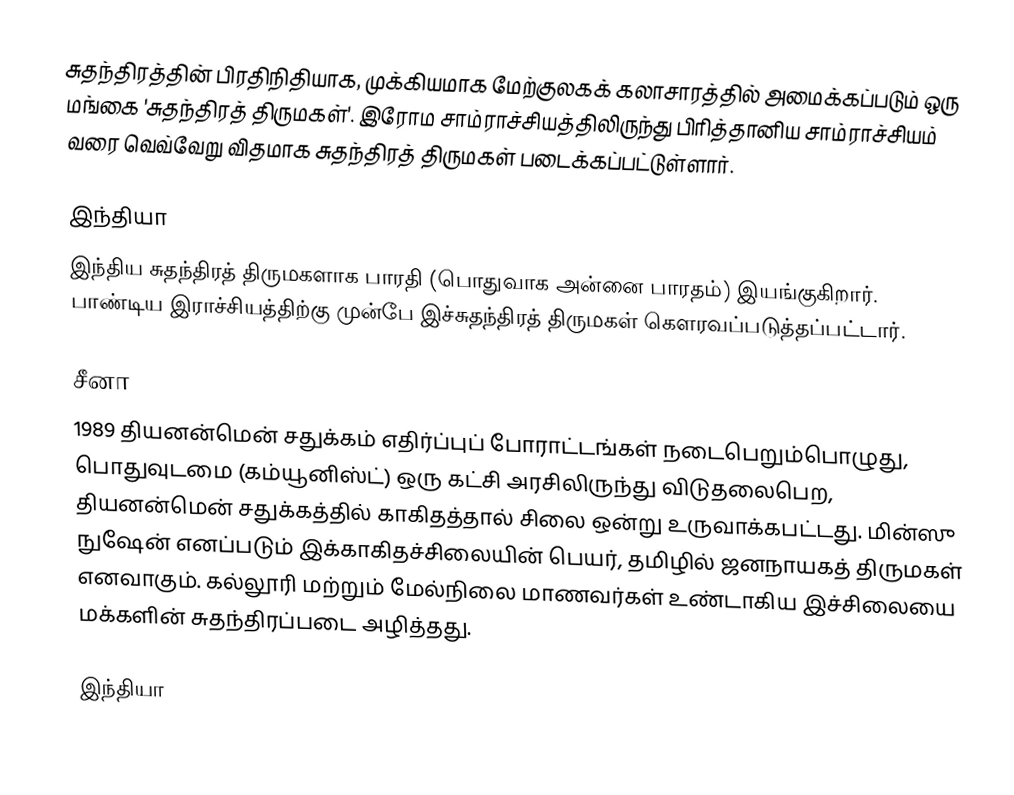
சுதந்திரத்தின் பிரதிநிதியாக, முக்கியமாக மேற்குலகக் கலாசாரத்தில் அமைக்கப்படும் ஒரு மங்கை 'சுதந்திரத் திருமகள்'. இரோம சாம்ராச்சியத்திலிருந்து பிரித்தானிய சாம்ராச்சியம் வரை வெவ்வேறு விதமாக சுதந்திரத் திருமகள் படைக்கப்பட்டுள்ளார்.

இந்தியா
இந்திய சுதந்திரத் திருமகளாக பாரதி (பொதுவாக அன்னை பாரதம்) இயங்குகிறார். பாண்டிய இராச்சியத்திற்கு முன்பே இச்சுதந்திரத் திருமகள் கௌரவப்படுத்தப்பட்டார்.

சீனா
1989 தியனன்மென் சதுக்கம் எதிர்ப்புப் போராட்டங்கள் நடைபெறும்பொழுது, பொதுவுடமை (கம்யூனிஸ்ட்) ஒரு கட்சி அரசிலிருந்து விடுதலைபெற, தியனன்மென் சதுக்கத்தில் காகிதத்தால் சிலை ஒன்று உருவாக்கபட்டது. மின்ஸு நுஷேன் எனப்படும் இக்காகிதச்சிலையின் பெயர், தமிழில் ஜனநாயகத் திருமகள் எனவாகும். கல்லூரி மற்றும் மேல்நிலை மாணவர்கள் உண்டாகிய இச்சிலையை மக்களின் சுதந்திரப்படை அழித்தது.

இந்தியா